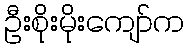
ဦးစိုးမိုးကျော်က